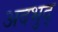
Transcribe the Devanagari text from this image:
अदभुद्